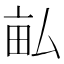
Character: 畆